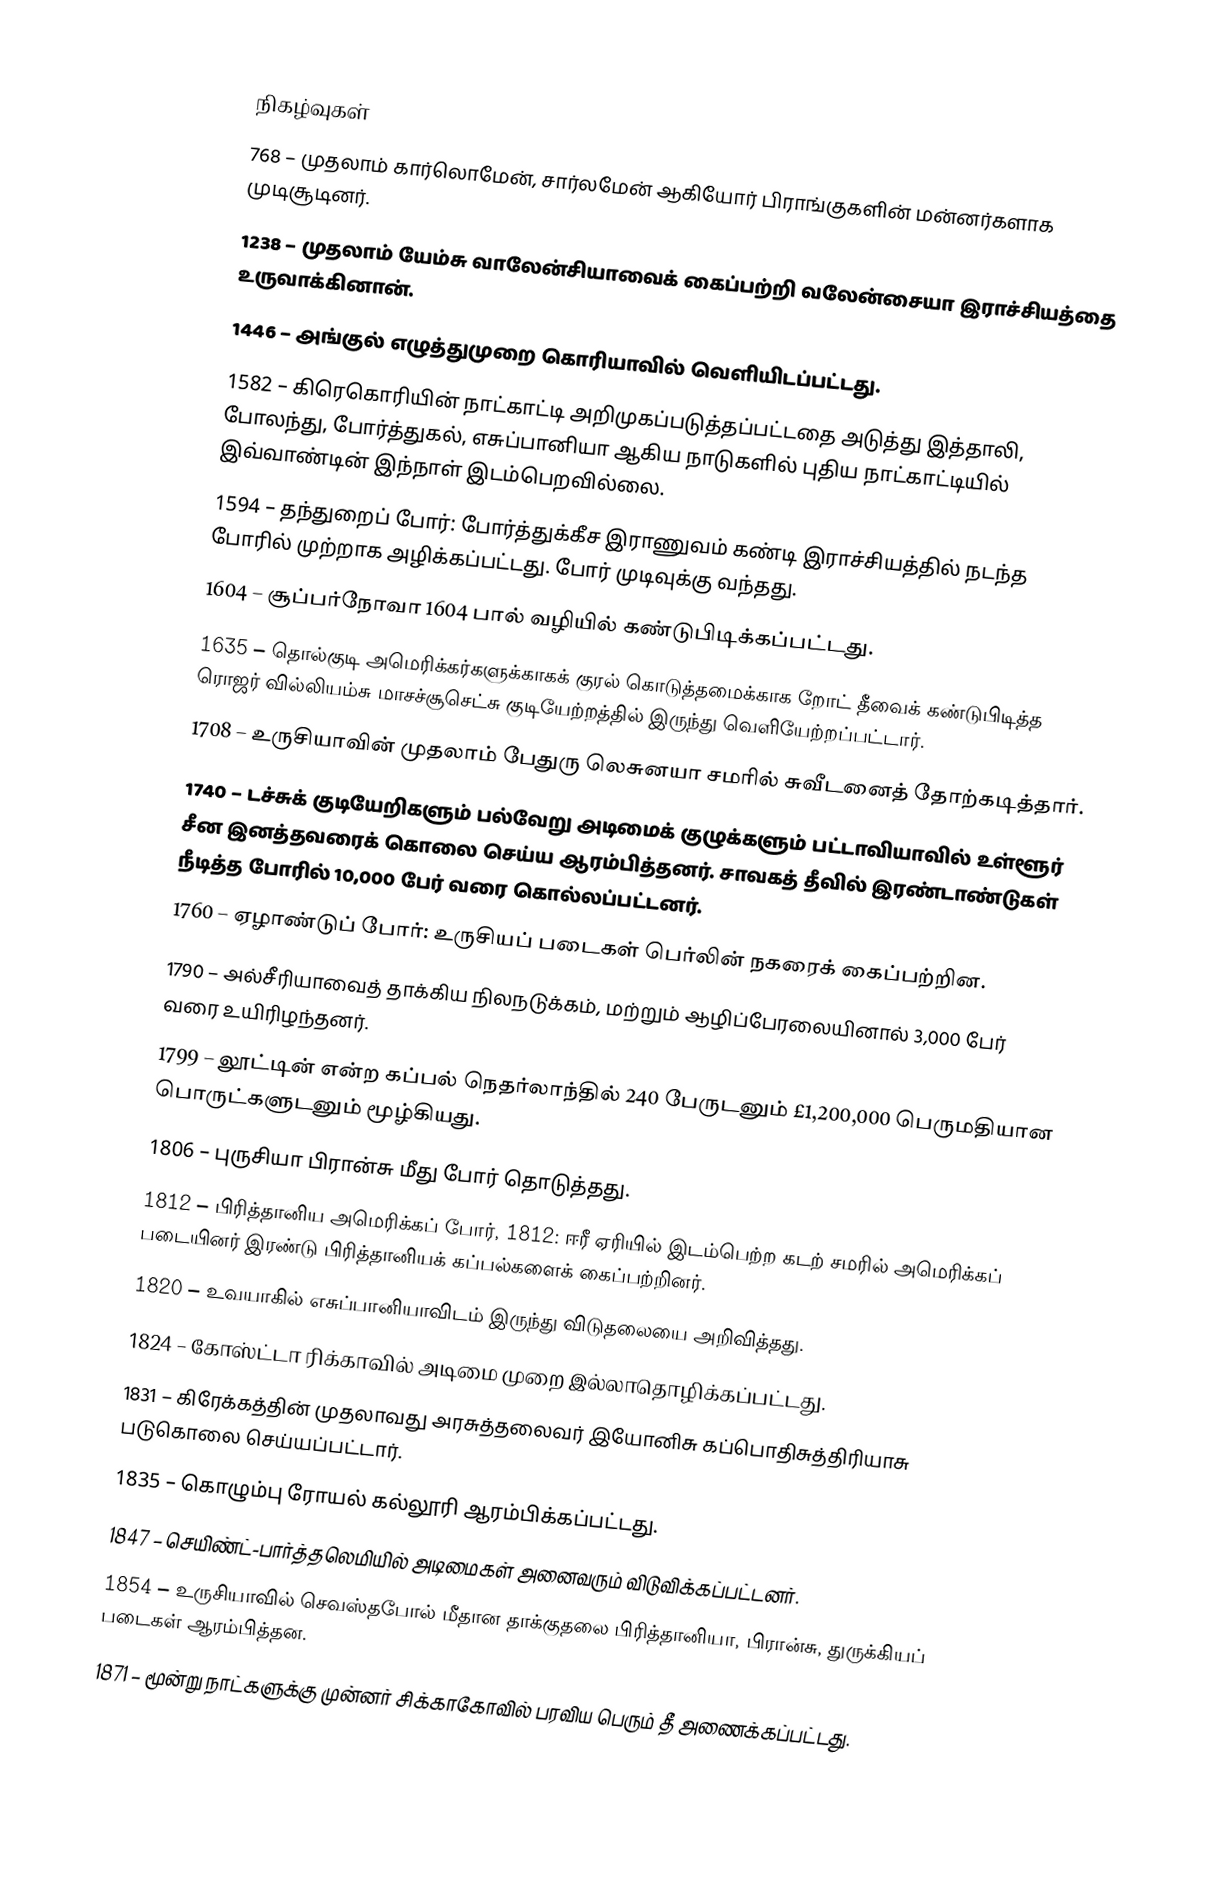

நிகழ்வுகள்
 768 – முதலாம் கார்லொமேன், சார்லமேன் ஆகியோர் பிராங்குகளின் மன்னர்களாக முடிசூடினர்.
1238 – முதலாம் யேம்சு வாலேன்சியாவைக் கைப்பற்றி வலேன்சையா இராச்சியத்தை உருவாக்கினான்.
1446 – அங்குல் எழுத்துமுறை கொரியாவில் வெளியிடப்பட்டது.
1582 – கிரெகொரியின் நாட்காட்டி அறிமுகப்படுத்தப்பட்டதை அடுத்து இத்தாலி, போலந்து, போர்த்துகல், எசுப்பானியா ஆகிய நாடுகளில் புதிய நாட்காட்டியில் இவ்வாண்டின் இந்நாள் இடம்பெறவில்லை.
1594 – தந்துறைப் போர்: போர்த்துக்கீச இராணுவம் கண்டி இராச்சியத்தில் நடந்த போரில் முற்றாக அழிக்கப்பட்டது. போர் முடிவுக்கு வந்தது.
1604 – சூப்பர்நோவா 1604 பால் வழியில் கண்டுபிடிக்கப்பட்டது.
1635 – தொல்குடி அமெரிக்கர்களுக்காகக் குரல் கொடுத்தமைக்காக றோட் தீவைக் கண்டுபிடித்த ரொஜர் வில்லியம்சு மாசச்சூசெட்சு குடியேற்றத்தில் இருந்து வெளியேற்றப்பட்டார்.
1708 – உருசியாவின் முதலாம் பேதுரு லெசுனயா சமரில் சுவீடனைத் தோற்கடித்தார்.
1740 – டச்சுக் குடியேறிகளும் பல்வேறு அடிமைக் குழுக்களும் பட்டாவியாவில் உள்ளூர் சீன இனத்தவரைக் கொலை செய்ய ஆரம்பித்தனர். சாவகத் தீவில் இரண்டாண்டுகள் நீடித்த போரில் 10,000 பேர் வரை கொல்லப்பட்டனர்.
1760 – ஏழாண்டுப் போர்: உருசியப் படைகள் பெர்லின் நகரைக் கைப்பற்றின.
1790 – அல்சீரியாவைத் தாக்கிய நிலநடுக்கம், மற்றும் ஆழிப்பேரலையினால் 3,000 பேர் வரை உயிரிழந்தனர்.
1799 – லூட்டின் என்ற கப்பல் நெதர்லாந்தில் 240 பேருடனும் £1,200,000 பெருமதியான பொருட்களுடனும் மூழ்கியது.
1806 – புருசியா பிரான்சு மீது போர் தொடுத்தது.
1812 – பிரித்தானிய அமெரிக்கப் போர், 1812: ஈரீ ஏரியில் இடம்பெற்ற கடற் சமரில் அமெரிக்கப் படையினர் இரண்டு பிரித்தானியக் கப்பல்களைக் கைப்பற்றினர்.
1820 – உவயாகில் எசுப்பானியாவிடம் இருந்து விடுதலையை அறிவித்தது.
1824 – கோஸ்ட்டா ரிக்காவில் அடிமை முறை இல்லாதொழிக்கப்பட்டது.
1831 – கிரேக்கத்தின் முதலாவது அரசுத்தலைவர் இயோனிசு கப்பொதிசுத்திரியாசு படுகொலை செய்யப்பட்டார்.
1835 – கொழும்பு ரோயல் கல்லூரி ஆரம்பிக்கப்பட்டது.
1847 – செயிண்ட்-பார்த்தலெமியில் அடிமைகள் அனைவரும் விடுவிக்கப்பட்டனர்.
1854 – உருசியாவில் செவஸ்தபோல் மீதான தாக்குதலை பிரித்தானியா, பிரான்சு, துருக்கியப் படைகள் ஆரம்பித்தன.
1871 – மூன்று நாட்களுக்கு முன்னர் சிக்காகோவில் பரவிய பெரும் தீ அணைக்கப்பட்டது.